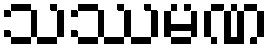
သဿမဏ